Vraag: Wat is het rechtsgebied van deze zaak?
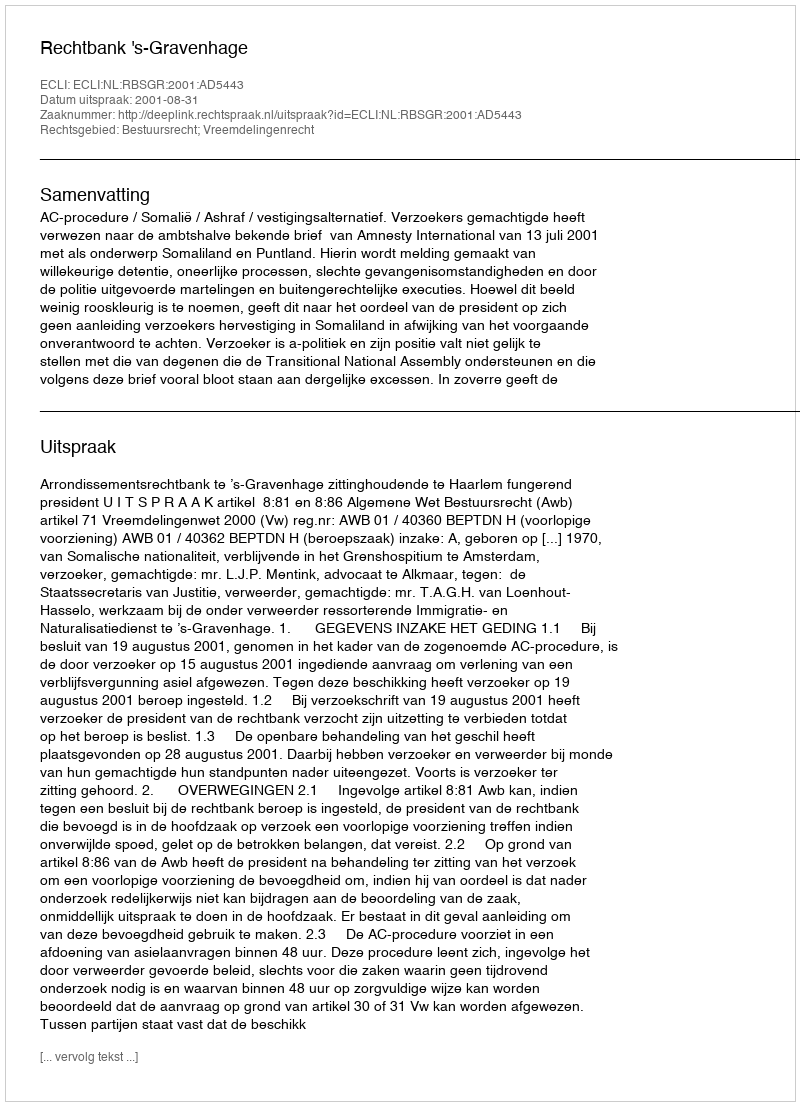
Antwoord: Bestuursrecht; Vreemdelingenrecht